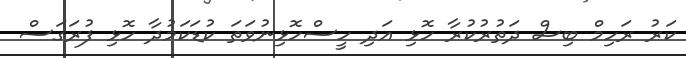
ކަރު ރަހިމް ބިސް ދަތުރުކުރާ ހޮޅި އަދި ހީސްހޮޅިނުވަތަ ކުޑަކަމުދާ ހޮޅި ފުރަގަސް